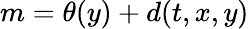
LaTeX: m=\theta(y)+d(t,x,y)